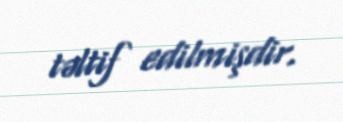
təltif edilmişdir.